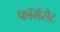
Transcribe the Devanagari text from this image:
फॉर्मसैट